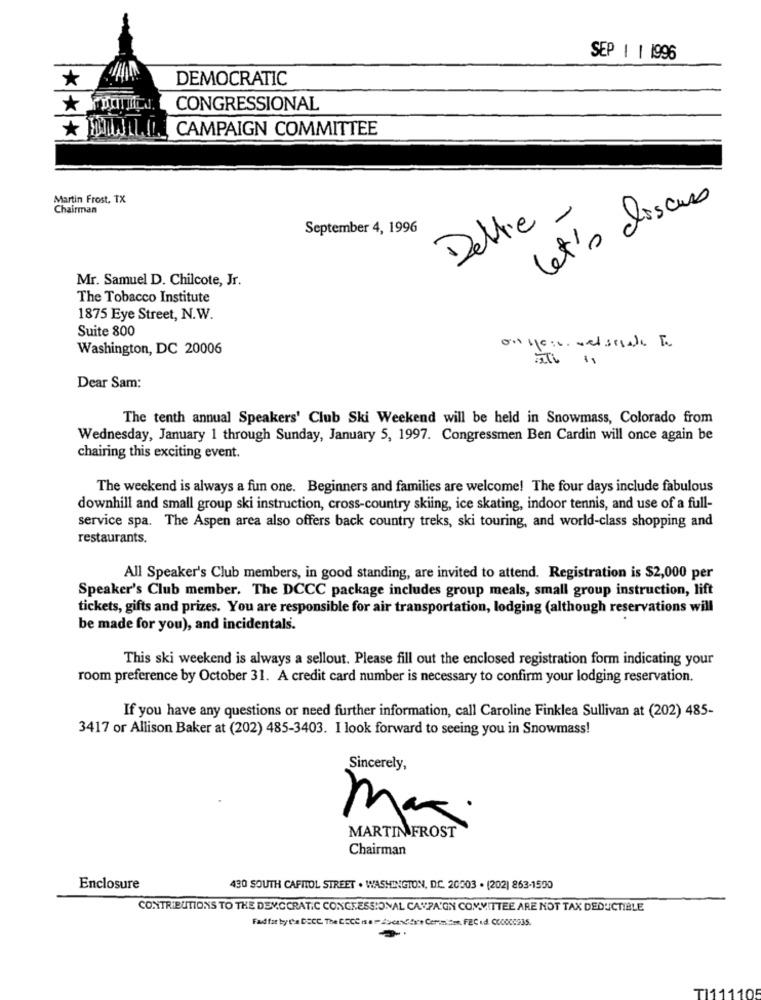
SEP 1 | 1996
*
DEMOCRATIC
**
CONGRESSIONAL
HIWALI_ CAMPAIGN COMMITTEE
Martin Frost, TX
let's discus
Chairman
Dettre -
September 4, 1996
Mr. Samuel D. Chilcote, Jr.
The Tobacco Institute
1875 Eye Street, N.W.
Suite 800
Washington, DC 20006
Dear Sam:
The tenth annual Speakers' Club Ski Weekend will be held in Snowmass, Colorado from
Wednesday, January 1 through Sunday, January 5, 1997. Congressmen Ben Cardin will once again be
chairing this exciting event.
The weekend is always a fun one. Beginners and families are welcome! The four days include fabulous
downhill and small group ski instruction, cross-country skiing, ice skating, indoor tennis, and use of a full-
service spa. The Aspen area also offers back country treks, ski touring, and world-class shopping and
restaurants.
All Speaker's Club members, in good standing, are invited to attend. Registration is $2,000 per
Speaker's Club member. The DCCC package includes group meals, small group instruction, lift
tickets, gifts and prizes. You are responsible for air transportation, lodging (although reservations will
be made for you), and incidentals.
This ski weekend is always a sellout. Please fill out the enclosed registration form indicating your
room preference by October 31. A credit card number is necessary to confirm your lodging reservation.
If you have any questions or need further information, call Caroline Finklea Sullivan at (202) 485-
3417 or Allison Baker at (202) 485-3403. I look forward to seeing you in Snowmass!
Sincerely,
max.
MARTIN FROST
Chairman
Enclosure
430 SOUTH CAPITOL STREET . WASHINGTON, DC. 20003 . (202) 863-1500
CONTRIBUTIONS TO THE DEMOCRATIC CONGRESSIONAL CAVPA'GN COMMITTEE ARE NOT TAX DEDUCTIBLE
TI1